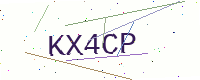
Text: KX4CP